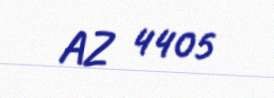
AZ 4405